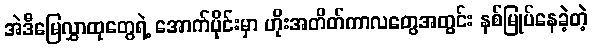
အဲဒီမြေလွှာထုတွေရဲ့ အောက်ပိုင်းမှာ ဟိုးအတိတ်ကာလတွေအတွင်း နစ်မြုပ်နေခဲ့တဲ့